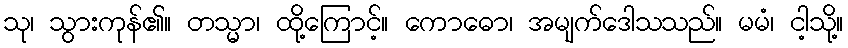
သု၊ သွားကုန်၏။ တသ္မာ၊ ထို့ကြောင့်။ ကောဓော၊ အမျက်ဒေါသသည်။ မမံ၊ ငါ့သို့။